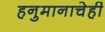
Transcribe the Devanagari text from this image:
हनुमानाचेही